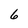
Character: 6